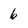
Character: 6